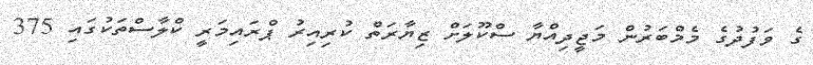
ގެ ވަފުދުގެ މެމްބަރުން މަޖީދިއްޔާ ސްކޫލަށް ޒިޔާރަތް ކުރިއިރު ޕްރައިމަރީ ކްލާސްތަކުގައި 375